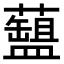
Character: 𧂚